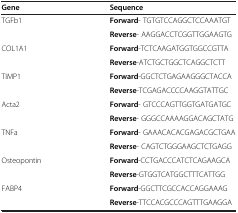
| Gene | Sequence |
 | --- | --- |
 | <ROWSPAN=2> TGFb1 | Forward- TGTGTCCAGGCTCCAAATGT |
 | Reverse- AAGGACCTCGGTTGGAAGTG |
 | <ROWSPAN=2> COL1A1 | Forward-TCTCAAGATGGTGGCCGTTA |
 | Reverse-ATCTGCTGGCTCAGGCTCTT |
 | <ROWSPAN=2> TIMP1 | Forward-GGCTCTGAGAAGGGCTACCA |
 | Reverse-TCGAGACCCCAAGGTATTGC |
 | <ROWSPAN=2> Acta2 | Forward- GTCCCAGTTGGTGATGATGC |
 | Reverse- GGGCCAAAAGGACAGCTATG |
 | <ROWSPAN=2> TNFa | Forward- GAAACACACGAGACGCTGAA |
 | Reverse- CAGTCTGGGAAGCTCTGAGG |
 | <ROWSPAN=2> Osteopontin | Forward-CCTGACCCATCTCAGAAGCA |
 | Reverse-GTGGTCATGGCTTTCATTGG |
 | <ROWSPAN=2> FABP4 | Forward-GGCTTCGCCACCAGGAAAG |
 | Reverse-TTCCACGCCCAGTTTGAAGGA |